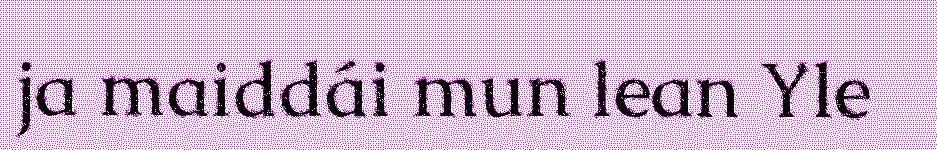
ja maiddái mun lean Yle